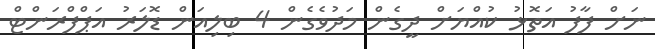
ނަށް ފާފު އަތޮޅު ކުއްޔަށް ދީގެން މަދުވެގެން 4 ބިލިއަން ޑޮލަރު އަޕްފްރަންޓް